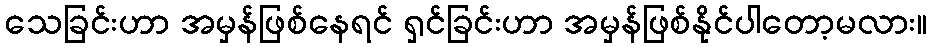
သေခြင်းဟာ အမှန်ဖြစ်နေရင် ရှင်ခြင်းဟာ အမှန်ဖြစ်နိုင်ပါတော့မလား။